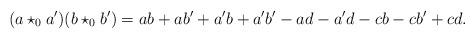
LaTeX: \begin{align*}(a\star_0 a')(b\star_0 b') = ab + ab' + a'b + a'b' - ad - a'd - cb - cb' + cd.\end{align*}